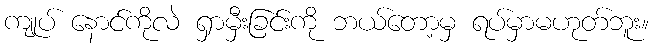
ကျုပ် နောင်ကိုလဲ ရှာမှီးခြင်းကို ဘယ်တော့မှ ရပ်မှာမဟုတ်ဘူး။